Lunatic asylums Madras 1892-1911 - 1892-1911
Year: 1892
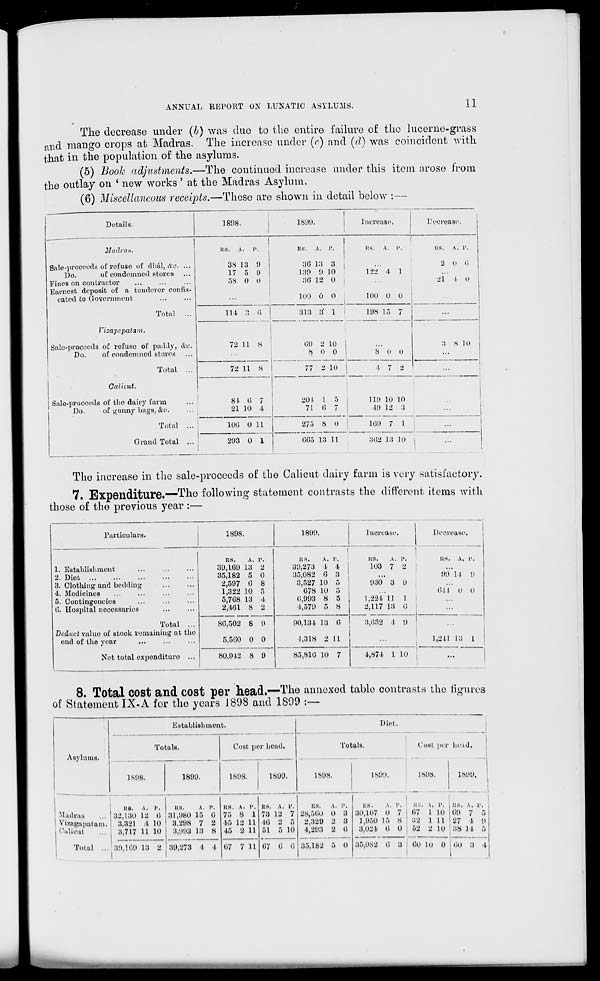
ANNUAL REPORT ON LUNATIC ASYLUMS.
11
The decrease under (b) was duo to the entire failure of the lucerne-grass
and mango crops at Madras. The increase under (r) and (d) was coincident with
that in the population of the asylums.
(5) Booh adjustments.—The continued increase under this item arose from
the outlay on ' new works ' at the Madras Asylum.
(6) Miscellaneous receipts.—Those are shown in detail below :—
Details.
1898.
Madva.8,
Sale-proceeds of refuse of dhul, &c. ...
Do.
of condemned stores
Fines on contractor
Earnest deposit of a tenderer confis-
cated to Government
Total
Fizagapdtam,
Sale-proceeds of refuse of paddy, &c.
Do.
of condemned stores
Total
Calicut.
Sale-prooeeds of the dairy farm
Do.
of gunny bags, &c.
Total
Grand Total
HS. A.
P.
38 13 9
17 5 9
58 0 o
114 3 6
72 LI s
72 11 s
8L
21
0 7
10 4
100 0 11
293 0 1
1S99.
Rs. A. r.
36 L5 3
139 9 10
30 12 0
100 0 O
313 3' 1
00 2 10
8 0 0
77 2 10
201 1 5
71 0 7
275 8 O
065 13 11
Increase
Decrease.
RS. A. I>
122 4 1
1!S.
A. 1'.
2 11 1;
i" 1 (i
100 0 0
198 15 7
8 0 0
3 S 10
4 7 2
...
110 10 10
49 12 3
109 7 1
362 13 10
The increase in the sale-proceeds of the Calicut dairy farm is very satisfactory.
7. Expenditure.—"The following statement contrasts the different items with
those of the previous year :—
Particulars.
1. Establishment
2. Diet
3. Clothing and bedding
4. Medicines
5. Contingencies
0. Uospital necessaries
Total ...
Deduct value of stock remaining at the
end of the year
Net total expenditure ...
189S.
1899.
P.
Q
RS.
A
39,109 13
35,182 5 0
2,597 0 8
1,322 10 5
5,708 13 4
2,401 8 2
80,502 8 9
5,500 0 0
80,912 8 9
R8.
A. 1'.
30,273 4 4
35,082 0 3
3,527 10 5
078 10 5
0,993 8 5
4,579 5 8
90,134 13 0
1,318 2 11
85,810 10 7
Increase.
its.
103
A. P.
7 2
030 3 0
1,224 11 1
2,117 13 0
3,032 1 0
4,874 l 10
Decrease.
us. A. 1'.
90 L4 !>
Oil
it 11
1,211 13 1
8. Total COSt and COSt per head.—The annexed table contrasts the figures
of Statement IX-A for the years 1898 and 1S99 :—
Asylums.
Establishment.
Totals.
1S98.
1899.
Cost per head.
1898.
1899.
Diet.
Totals.
IV. IS.
1S90.
Cost nor hoad.
IS! IS.
^ulras
Vizagapatam.
OuUout
its. A. r.
32,130 12 0
3,321 4 10
3,717 U 10
Total ... 39,109 13 2
Its.
A.
31,980 15
3,208 7
3,093 13
i'.
0
2
8
us.
75
45
45
A. 1'.
8 1
12 11
2 11
39,273 4 4 07 7 11
RS. A. l\
73 12 7
40 2 5
51 5 10
07 0 0
its.
A. P.
28,500 0 3
2,329 n 3
4,293 2 0
35,182 5 0
i:s.
\. p.
US. \. i'.
30,107 O 7 ! 07 1 ID
1,950 18 8 ' 32 1 1 1
3,024 0 0 i 52 2 10
35,082 0 3 00 lu 0
11 SOU,
Its. A.
OH 7 5
27 4 0
38 14 5
00 3 1